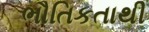
ભૌતિકતાથી